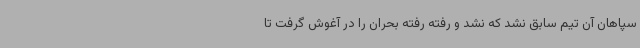
سپاهان آن تیم سابق نشد که نشد و رفته رفته بحران را در آغوش گرفت تا